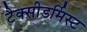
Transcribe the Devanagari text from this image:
टैक्सीडर्मिस्ट